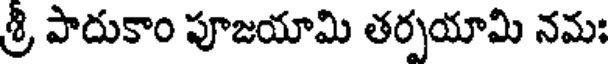
శ్రీ పాదుకాం పూజయామి తర్పయామి నమః